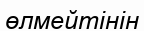
өлмейтінін